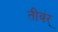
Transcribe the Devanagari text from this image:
तीवंर्